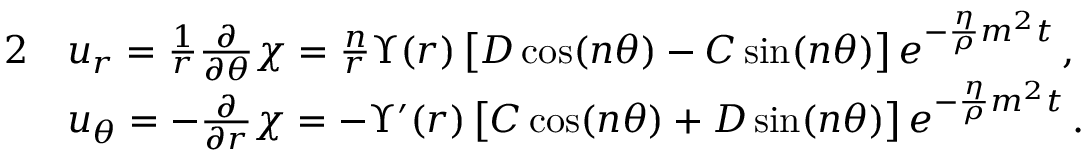
\begin{array} { r l } { { 2 } } & { u _ { r } = \frac { 1 } { r } \frac { \partial } { \partial \theta } \chi = \frac { n } { r } \Upsilon ( r ) \, \big [ D \cos ( n \theta ) - C \sin ( n \theta ) \big ] \, e ^ { - \frac { \eta } { \rho } m ^ { 2 } t } \, , } \\ & { u _ { \theta } = - \frac { \partial } { \partial r } \chi = - \Upsilon ^ { \prime } ( r ) \, \big [ C \cos ( n \theta ) + D \sin ( n \theta ) \big ] \, e ^ { - \frac { \eta } { \rho } m ^ { 2 } t } \, . } \end{array}